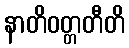
နာတိဝတ္တတီတိ